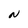
Character: N